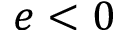
e < 0